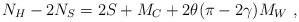
LaTeX: \begin{align*}N_{H}-2N_{S}=2S+M_{C}+2\theta (\pi -2\gamma )M_{W}\, \, ,\end{align*}